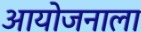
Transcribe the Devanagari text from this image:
आयोजनाला